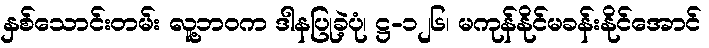
နှစ်သောင်းတမ်း လူ့ဘဝက ဒါနပြုခဲ့ပုံ၊ ဋ္ဌ-၁၂၆၊ မကုန်နိုင်မခန်းနိုင်အောင်